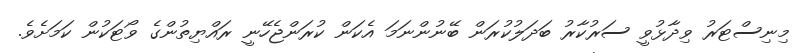
މިނިސްޓަރު ވިދާޅުވީ ސަރުކާރު ބަދަލުކުރަން ބޭނުންނަމަ އެކަން ކުރަންޖެހޭނީ ރައްޔިތުންގެ ވޯޓަކުން ކަމަށެވެ.